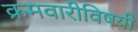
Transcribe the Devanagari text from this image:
क्रमवारीविषयी